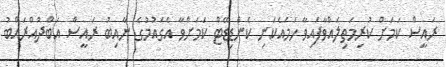
ރައީސް ކަމަށް ކުރިމަތިލައްވާފައިވާ ހަމައެކަނި ކެންޑިޑޭޓް ކަމަށްވާ އެގައުމުގެ ނާއިބު ރައީސް އަބްދުއްރައްބު